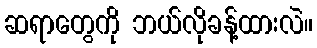
ဆရာတွေကို ဘယ်လိုခန့်ထားလဲ။